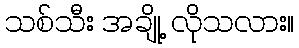
သစ်သီး အချို့ လိုသလား။